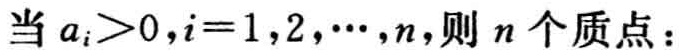
当 \(a_{i}>0,i = 1,2,\cdots,n\)，则 \(n\) 个质点：